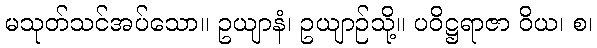
မသုတ်သင်အပ်သော။ ဥယျာနံ၊ ဥယျာဉ်သို့။ ပဝိဋ္ဌရာဇာ ဝိယ၊ စ၊